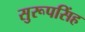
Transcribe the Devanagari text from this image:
सुरूपसिंह